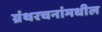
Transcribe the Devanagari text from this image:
ग्रंथरचनांमधील